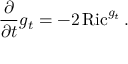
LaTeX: { \frac { \partial } { \partial t } } g _ { t } = - 2 \operatorname { R i c } ^ { g _ { t } } .